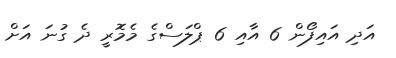
އަދި އައިފޯން 6 އާއި 6 ޕްލަސްގެ މެމޮރީ ދެ ގުނަ އަށް